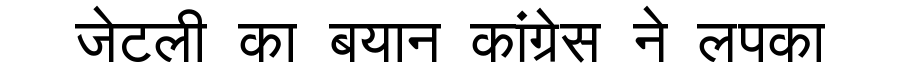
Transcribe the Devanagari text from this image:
जेटली का बयान कांग्रेस ने लपका